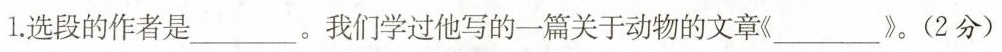
1.选段的作者是___。我们学过他写的一篇关于动物的文章《___》。(2分)